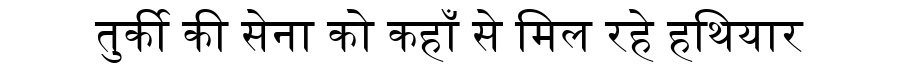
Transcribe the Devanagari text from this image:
तुर्की की सेना को कहाँ से मिल रहे हथियार